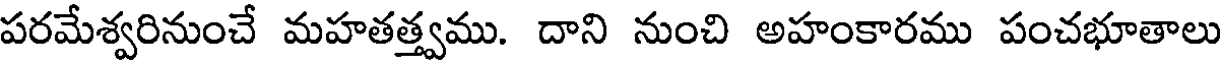
పరమేశ్వరినుంచే మహతత్త్వము. దాని నుంచి అహంకారము పంచభూతాలు